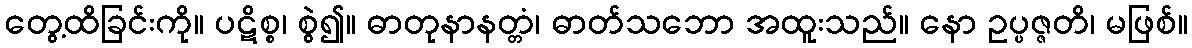
တွေ့ထိခြင်းကို။ ပဋိစ္စ၊ စွဲ၍။ ဓာတုနာနတ္တံ၊ ဓာတ်သဘော အထူးသည်။ နော ဥပ္ပဇ္ဇတိ၊ မဖြစ်။